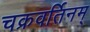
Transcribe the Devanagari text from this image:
चक्रवर्तिनम्